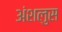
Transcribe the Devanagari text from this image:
अंशलुस